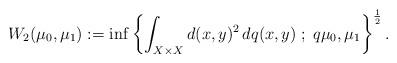
LaTeX: \begin{align*} W_2(\mu_0,\mu_1):=\inf\left\{\int_{X\times X}d(x,y)^2\,dq(x,y)\;;\;q\mu_0,\mu_1\right\}^{\frac{1}{2}}. \end{align*}